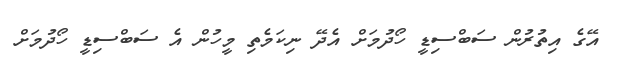
އޭގެ އިތުރުން ސަބްސިޑީ ހޯދުމަށް އެދޭ ނިކަމެތި މީހުން އެ ސަބްސިޑީ ހޯދުމަށް